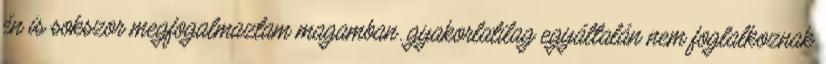
én is sokszor megfogalmaztam magamban. gyakorlatilag egyáltalán nem foglalkoznak